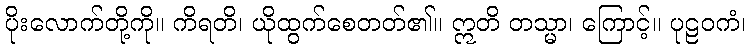
ပိုးလောက်တို့ကို။ ကိရတိ၊ ယိုထွက်စေတတ်၏။ ဣတိ တသ္မာ၊ ကြောင့်။ ပုဠဝကံ၊